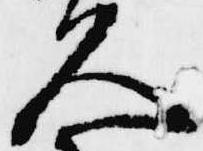
久